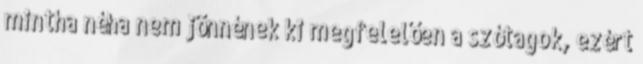
mintha néha nem jönnének ki megfelelően a szótagok, ezért